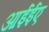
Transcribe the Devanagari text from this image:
आईईए